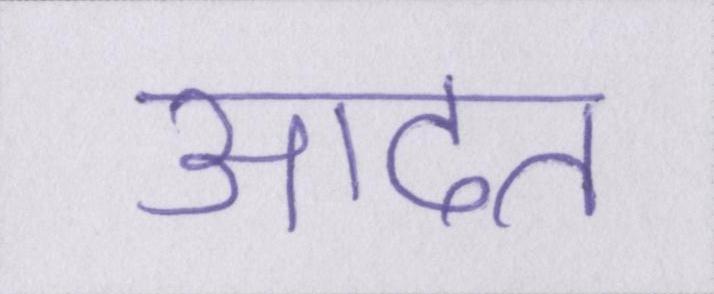
आदत